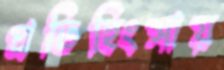
প্রতিহিংসায়